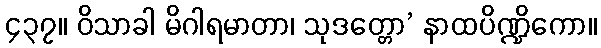
၄၃၇။ ဝိသာခါ မိဂါရမာတာ၊ သုဒတ္တော’ နာထပိဏ္ဍိကော။